Lunatic asylums in Bengal annual reports 1899-1911 - 1899-1911
Year: 1899
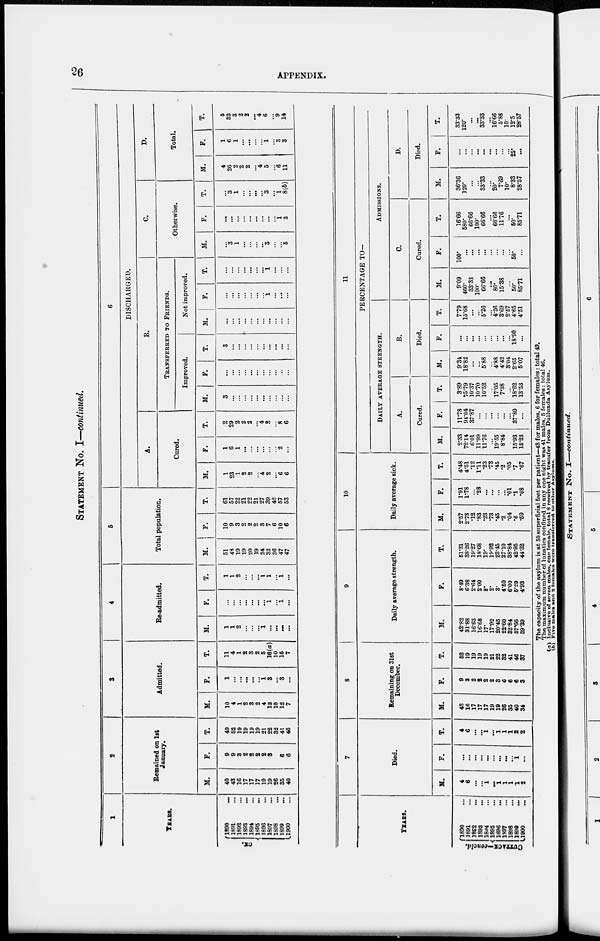
26
APPENDIX.
STATEMENT NO. I—continued.
1
YEARS.
CK.
1890
...
1891 ...
1892 ...
1893 ...
1894 ...
1895 ...
1896 ...
1897 ...
1898 ...
1899 ...
1900 ...
2
Remained on 1st
January.
M.
40
43
16
17
17
17
19
19
26
35
40
F.
9
9
3
2
2
2
2
3
6
6
6
T.
49
52
19
19
19
19
21
22
32
41
46
3
Admitted.
M.
10
4
1
2
3
2
4
13
10
12
7
F.
1
...
...
...
...
...
1
3
...
3
...
T.
11
4
1
2
3
2
5
16(a)
10
15
7
4
Re-admitted.
M.
1
1
2
...
...
1
...
...
...
...
F.
...
...
...
...
...
...
...
1
...
1
...
T.
1
1
2
...
...
...
1
1
...
1
...
5
Total population.
M.
51
48
19
19
20
19
24
32
36
47
47
F.
10
9
3
2
2
2
3
7
6
10
6
T.
61
57
22
21
22
21
27
39
42
57
53
6
DISCHARGED.
A.
Cured.
M.
1
23
1
2
2
...
4
2
...
6
6
F.
1
6
1
...
...
...
...
...
...
2
...
T.
2
29
2
2
2
...
4
2
...
8
6
B.
TRANSFERRED TO FRIENDS.
Improved.
M.
3
...
...
...
...
...
...
...
...
...
...
F.
...
...
...
...
...
...
...
...
...
...
...
T.
3
...
...
...
...
...
...
...
...
...
...
Not improved.
M.
...
...
...
...
...
...
...
...
...
...
...
F.
...
...
...
...
...
...
...
1
...
...
...
T.
...
...
...
...
...
...
...
1
...
...
...
C.
Otherwise.
M.
...
3
1
...
...
...
...
3
...
...
5
F.
...
...
...
...
...
...
...
...
...
1
3
T.
...
3
1
...
...
...
...
3
...
1
8(b)
D.
Total.
M.
4
26
2
2
2
...
4
5
...
6
11
F.
1
6
1
...
...
...
...
1
...
3
3
T.
5
32
3
2
2
...
4
6
...
9
14
YEARS.
CUTTACK—concld.
1890 ...
1891 ...
1892 ...
1893 ...
1894 ...
1895 ...
1896 ...
1897 ...
1898 ...
1899 ...
1900 ...
7
Died.
M.
4
6
...
...
1
...
1
1
1
1
2
F.
...
...
...
...
...
...
...
...
...
1
...
T.
4
6
...
...
1
...
1
1
1
2
2
8
Remaining on 31st
December.
M.
43
16
17
17
17
19
19
26
35
40
34
F.
9
3
2
2
2
2
3
6
6
6
3
T.
52
19
19
19
19
21
22
32
41
46
37
9
Daily average strength.
M.
42.82
31.88
16.63
16.68
17.
17.92
20.45
22.60
32.84
37.66
39.39
F.
8.49
6.38
2.64
2.00
2.
2.
3.
4.50
6.00
5.29
4.93
T.
51.31
38.26
19.27
18.68
19.
19.92
23.45
27.10
38.84
42.95
44.32
10
Daily average sick.
M.
2.57
2.73
.12
.83
.23
.73
.45
.2
.04
.6
.59
F.
1.91
1.78
...
.28
...
...
...
...
.01
.1
.08
T.
4.48
4.51
.12
1.11
.23
.73
.45
.2
.05
.7
.67
11
PERCENTAGE TO—
DAILY AVERAGE STRENGTH.
A.
Cured.
M.
2.33
72.14
6.01
11.99
11.76
...
19.55
8.84
...
15.93
15.23
F.
11.78
94.04
37.87
...
...
...
...
...
...
37.80
...
T.
3.89
75.79
10.37
10.70
10.52
...
17.05
7.38
...
18.62
13.53
B.
Died.
M.
9.34
18.82
...
...
5.88
...
4.88
4.42
3.04
2.65
5.07
F.
...
...
...
...
...
...
...
...
...
18.90
...
T.
7.79
15.68
...
...
5.26
...
4.26
3.69
2.57
4.65
4.51
ADMISSIONS.
C.
Cured.
M.
9.09
460.
33.33
100.
66.66
...
80.
15.38
...
50.
85.71
F.
100.
...
...
...
...
...
...
...
...
50.
...
T.
16.66
580.
66.66
100.
66.66
...
66.66
11.76
...
50.
85.71
D.
Died.
M.
36.36
120.
...
...
33.33
...
20.
7.69
10.
8.33
28.57
F.
...
...
...
...
...
...
...
...
...
25.
...
T.
33.33
120.
...
...
33.33
...
16.66
5.88
10.
12.5
28.57
The capacity of the asylum is at 50 superficial feet per patient—43 for males, 6 for females: total 49.
The maximum number of lunatics confined in any one night was 41 males, 5 females: total 46.
(a) Inclusive of seven males, one female, total 8 received by transfer from Dullunda Asylum.
(b) Five males and 2 females were transferred to other Asylums.